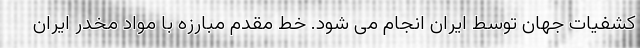
کشفیات جهان توسط ایران انجام می شود. خط مقدم مبارزه با مواد مخدر ایران